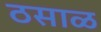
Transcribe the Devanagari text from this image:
ठसाळ